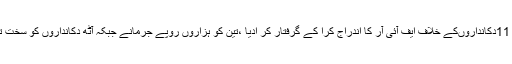
جس پر انتظامیہ نے فوری کارروائی کرتے ہوئے 11دکانداروںکے خلاف ایف آئی آر کا اندراج کرا کے گرفتار کر ادیا ،تین کو ہزاروں روپے جرمانے جبکہ آٹھ دکانداروں کو سخت تنبیہ کرتے ہوئے وارننگ نوٹس جاری کئے گئے ۔